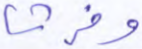
وفرشا